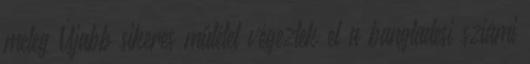
meleg Újabb sikeres műtétet végeztek el a bangladesi sziámi